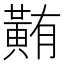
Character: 䵋